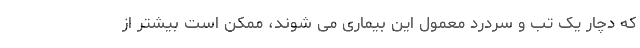
که دچار یک تب و سردرد معمول این بیماری می شوند، ممکن است بیشتر از